Leaving Certificate Examination, 1909
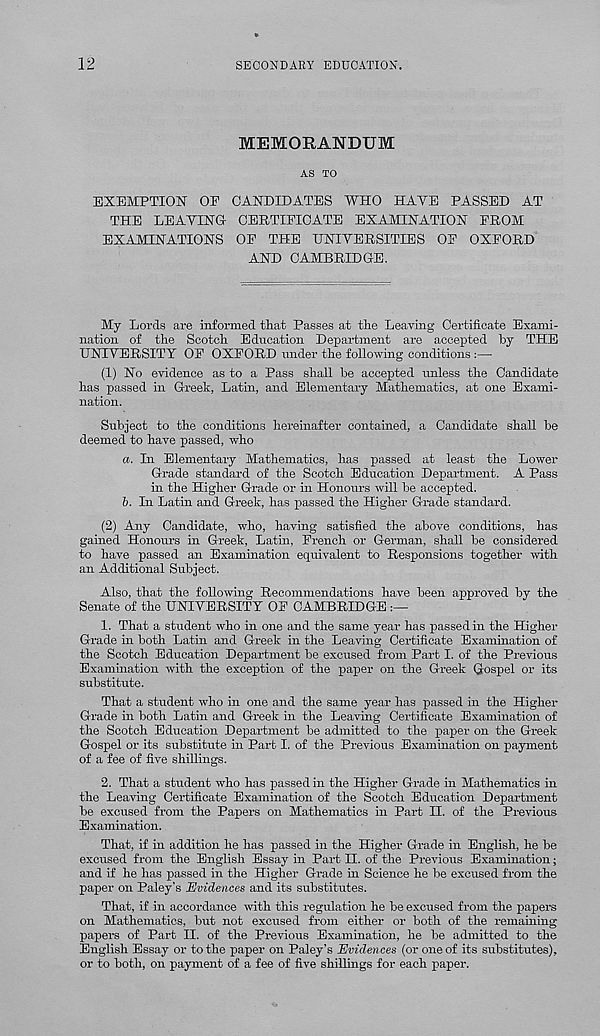
12
SECONDARY EDUCATION.
MEMORANDUM
AS TO
EXEMPTION OE CANDIDATES WHO HATE PASSED AT
THE LEAVING CERTIFICATE EXAMINATION FROM
EXAMINATIONS OF THE UNIVERSITIES OF OXFORD
AND CAMBRIDGE.
My Lords are informed tliat Passes at the Leaving Certificate Exami-
nation of the Scotch Education Department are accepted by THE
UNIVERSITY OF OXFORD under the following conditions :—
(1) No evidence as to a Pass shall be accepted unless the Candidate
has passed in Greek, Latin, and Elementary Mathematics, at one Exami-
nation.
Subject to the conditions hereinafter contained, a Candidate shall be
deemed to have passed, who
a. In Elementary Mathematics, has passed at least the Lower
Grade standard of the Scotch Education Department. A Pass
in the Higher Grade or in Honours will be accepted.
b. In Latin and Greek, has passed the Higher Grade standard.
(2) Any Candidate, who, having satisfied the above conditions, has
gained Honours in Greek, Latin, French or German, shall be considered
to have passed an Examination equivalent to Responsions together with
an Additional Subject.
Also, that the following Recommendations have been approved by the
Senate of the UNIVERSITY OF CAMBRIDGE
1. That a student who in one and the same year has passed in the Higher
Grade in both Latin and Greek in the Leaving Certificate Examination of
the Scotch Education Department be excused from Part I. of the Previous
Examination with the exception of the paper on the Greek Gospel or its
substitute.
That a student who in one and the same year has passed in the Higher
Grade in both Latin and Greek in the Leaving Certificate Examination of
the Scotch Education Department be admitted to the paper on the Greek
Gospel or its substitute in Part I. of the Previous Examination on payment
of a fee of five shillings.
2. That a student who has passed in the Higher Grade in Mathematics in
the Leaving Certificate Examination of the Scotch Education Department
be excused from the Papers on Mathematics in Part II. of the Previous
Examination.
That, if in addition he has passed in the Higher Grade in English, he be
excused from the English Essay in Part II. of the Previous Examination;
and if he has passed in the Higher Grade in Science he be excused from the
paper on Paley’s Evidences and its substitutes.
That, if in accordance with this regulation he be excused from the papers
on Mathematics, but not excused from either or both of the remaining
papers of Part II. of the Previous Examination, he be admitted to the
English Essay or to the paper on Paley’s Evidences (or one of its substitutes),
or to both, on payment of a fee of five shillings for each paper.